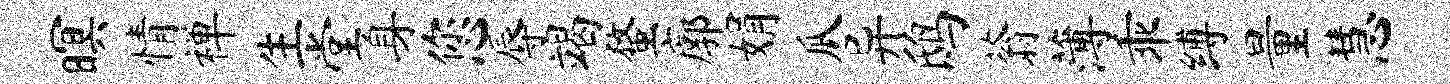
暝情禅生堂身您辱竭蝥廓娟瓜异鸱蓊薄乖缚量慧